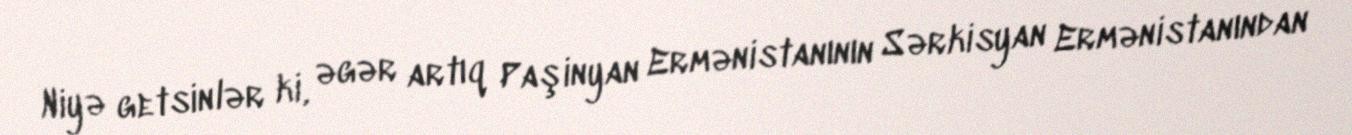
Niyə getsinlər ki, əgər artıq Paşinyan Ermənistanının Sərkisyan Ermənistanından